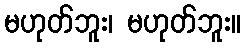
မဟုတ်ဘူး၊ မဟုတ်ဘူး။